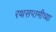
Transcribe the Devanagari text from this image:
रथसप्तमीच्या